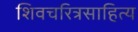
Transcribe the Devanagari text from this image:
शिवचरित्रसाहित्य